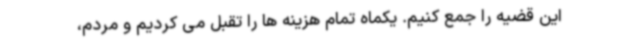
این قضیه را جمع کنیم. یکماه تمام هزینه ها را تقبل می کردیم و مردم،